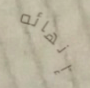
إنهائه